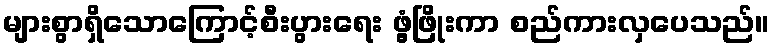
များစွာရှိသောကြောင့်စီးပွားရေး ဖွံ့ဖြိုးကာ စည်ကားလှပေသည်။